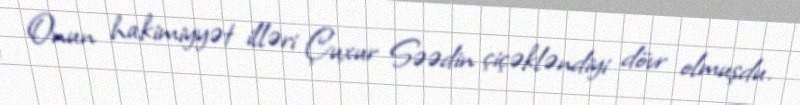
Onun hakimiyyət illəri Çuxur Səədin çiçəkləndiyi dövr olmuşdu.